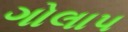
ગોલાપ